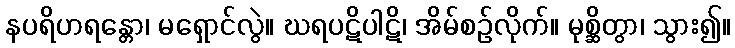
နပရိဟရန္တော၊ မရှောင်လွဲ။ ဃရပဋိပါဋိ၊ အိမ်စဉ်လိုက်။ မုစ္ဆိတွာ၊ သွား၍။